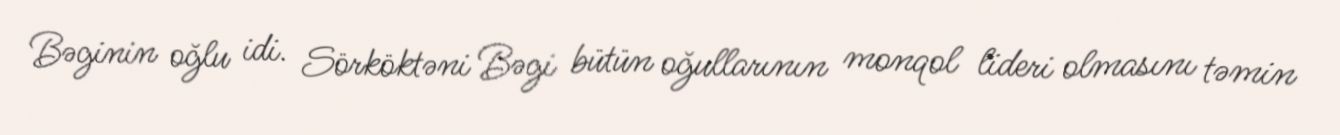
Bəginin oğlu idi. Sörköktəni Bəgi bütün oğullarının monqol lideri olmasını təmin